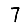
Digit: 7